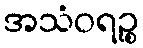
အသံဝရဉ္စ